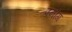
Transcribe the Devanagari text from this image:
पनांग